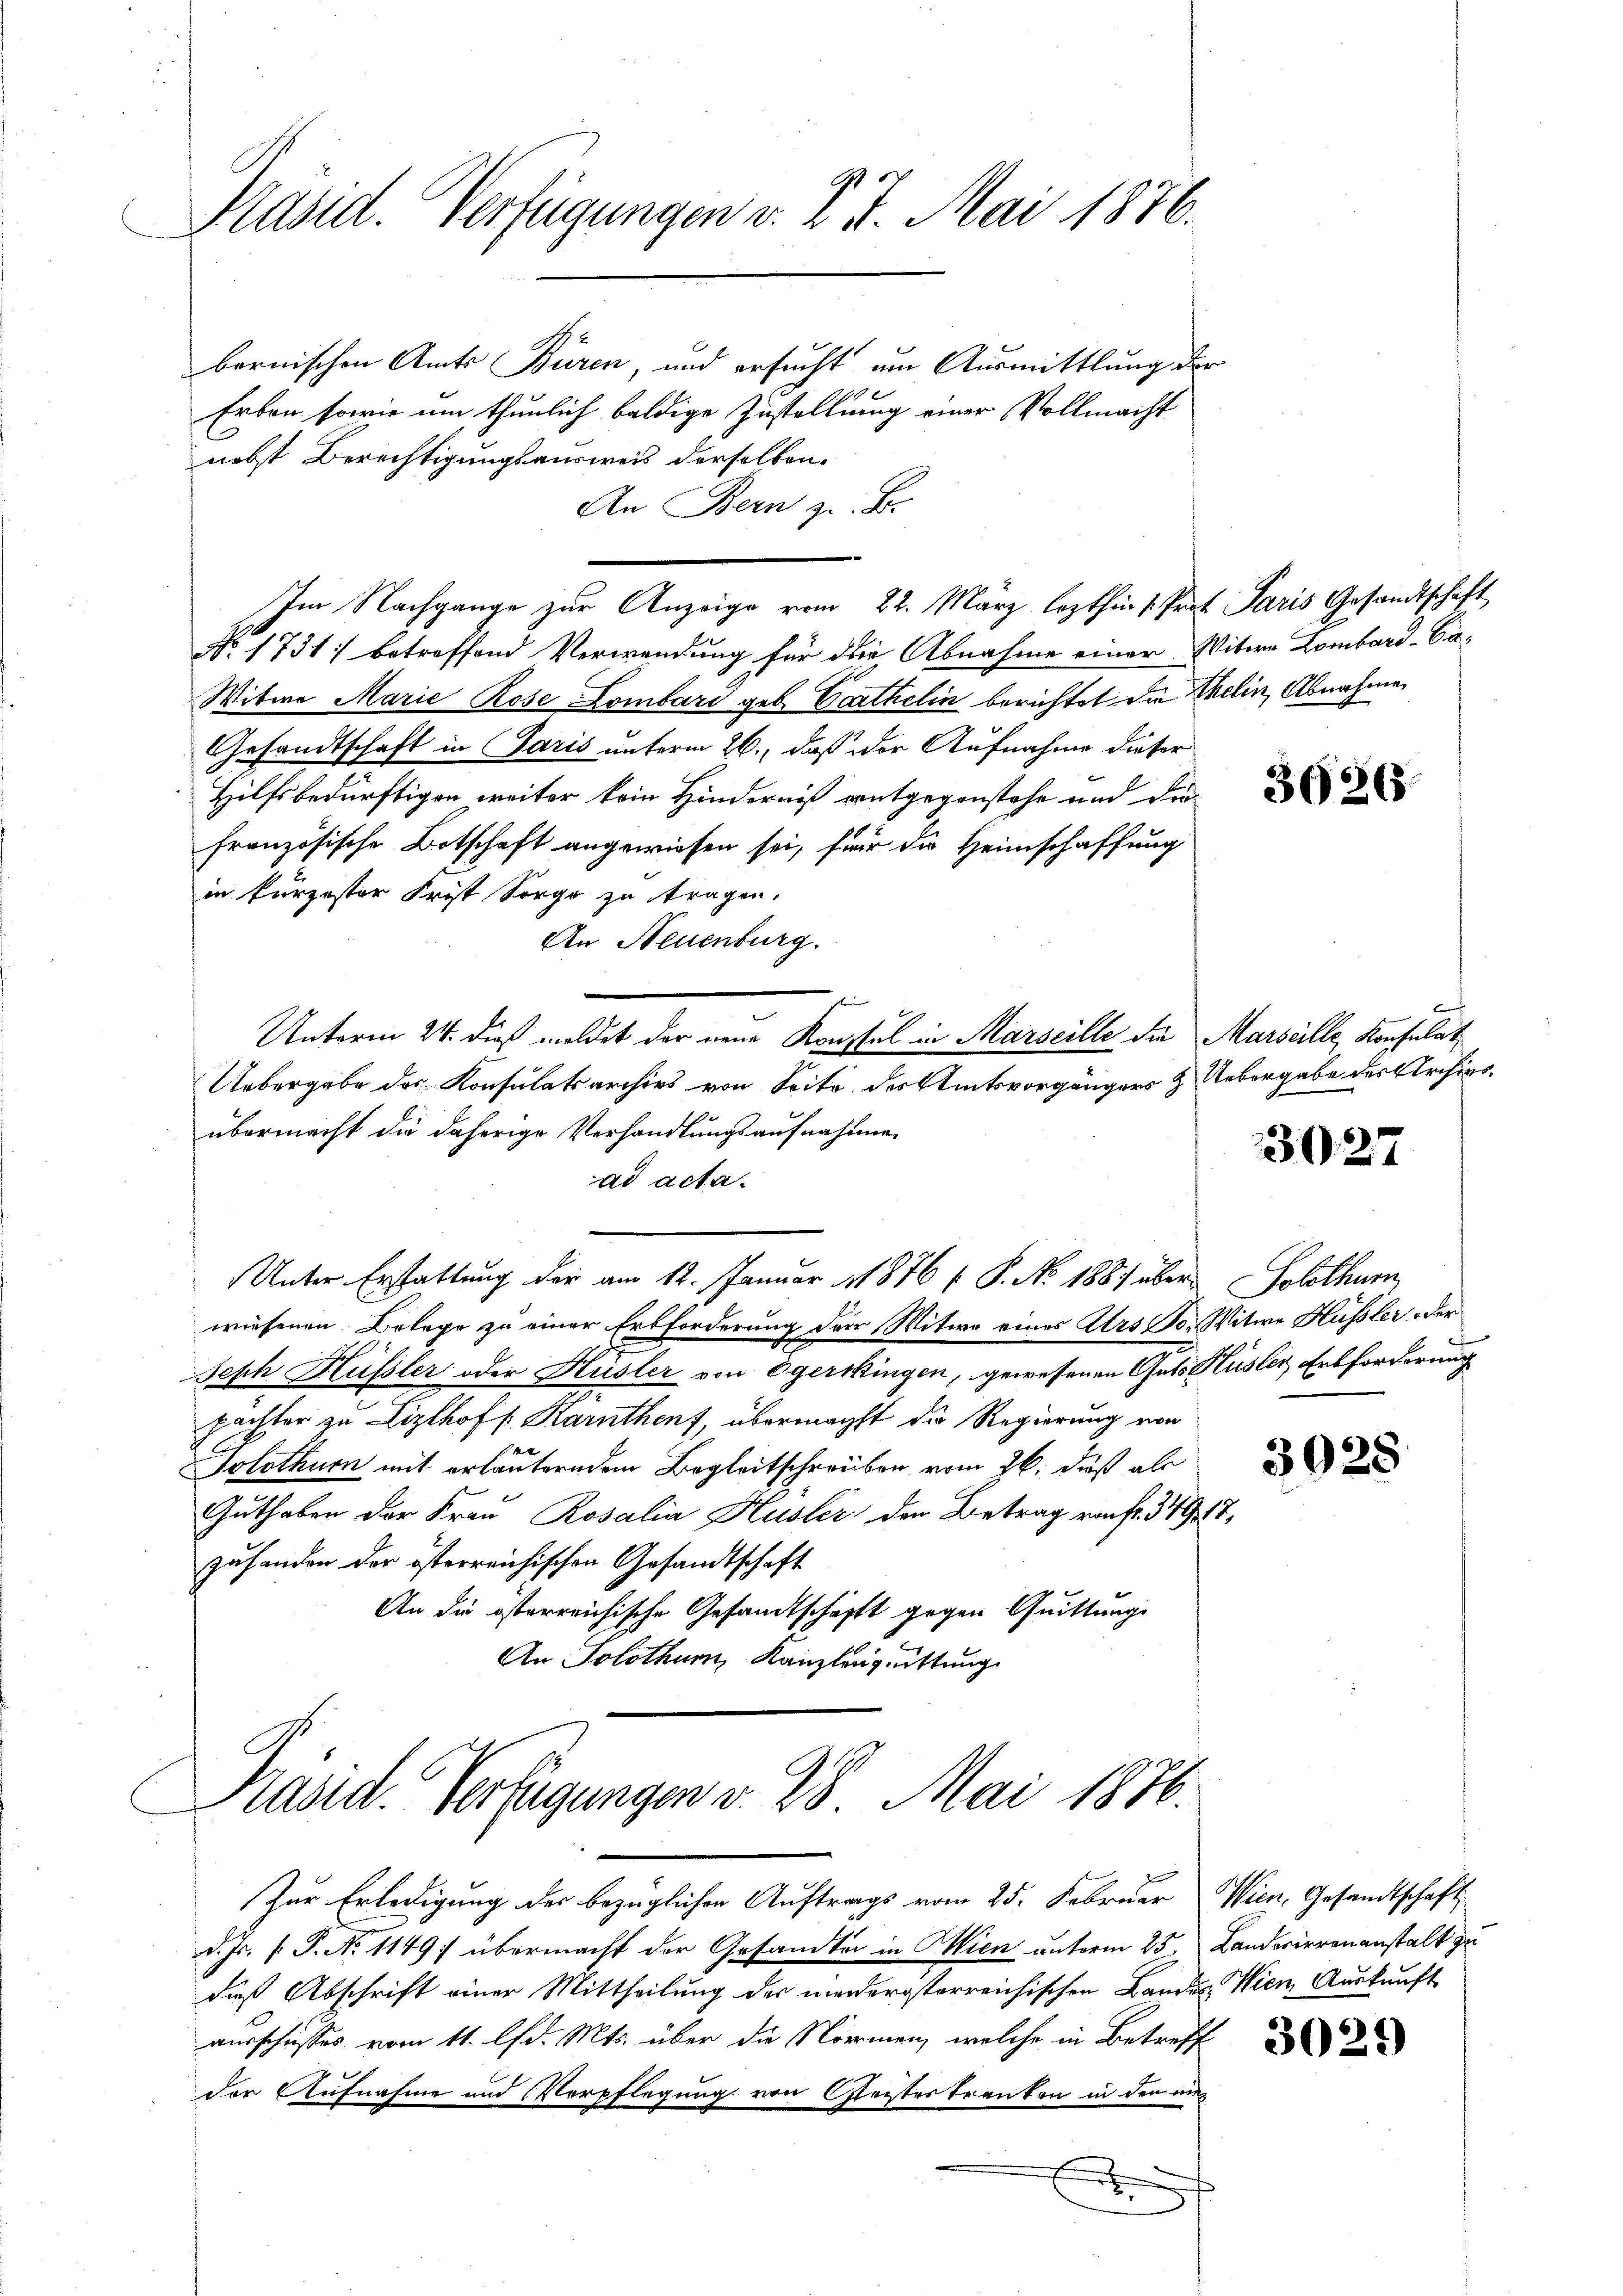
Präsid. Verfügungen v. B. 5. Mai 1876.

bornischen Amts Büren, und ersucht um Ausmittlung der
Erben sowie um thunlich baldige Zustellung einer Vollmacht
nebst Berechtigungsausweis derselben.
An Bern z. B.
No. 1731 betreffend Verwendung für die Abnahme einer Witwe Lombard-Ca¬
Witwe Marie Rose Lombard geb. Erthelin berichtet die Melin, Abnahme
Gesandtschaft in Paris unterm 26., daß der Aufnahme dieser
Hilfsbedürftigen weiter kein Hinderniß entgegenstehe und der
französische Botschaft angewiesen sei, für die Heimschaffung
in kurzester Frist Sorge zu tragen.
An Neuenburg.
Unterm 24. dieß meldet der neue Konsul in Marseille die Marseille, Konsulat
Uebergabe des Konsulatsarchivs von Seite des Amtsvorgängers & Uebergabe des Archivs
übermacht die daherige Verhandlungsaufnahmen
ad acta.
Unter Erstattung der am 12. Januar 1876 f. P. No 1881 über Solothurn
wiesenen Belage zu einer Erbforderung der Witwe eines Urs J. Witwe Hüssler oder
Seph Hüsler oder Husler von Egerkingen, gewesenen Guts Hüsler, Erbforderung
pachter zu Lizlhof /: Karntheuf, übermachst die Regierung von
Solothur mit erläuterndem Begleitschreiben vom 26. daß als
Guthaben der Frau Rosalia Huster der Betrag raf. 349 18
zuhanden der österreichischen Gesandtschaft
An die österreichische Gesandtschafft gegen Quittung
An Solothur, Kanzleigeistung

Im Nachgange zur Anzeige vom 22. März lezthin 1. Prot. Paris Gesandtschaft

Präsid. Verfügungen v. 28. Mai 1876.
Zur Erledigung der bezüglichen Auftrags vom 25. Februar Wien, Gesandtschaft

d. Js. f. P. No 1149) übermacht der Gesandten in Wien unterm 25. Landorierenanstalt zu
daß Abschrift einer Mittheilung der niederösterreichischen Landes Wien, Auskunft
ausschusses vom 11. lfd. Mts. über die Normen, welche in Betreff
der Aufnahme und Verpflegung von Gleistertranken in den un¬
E

e

36265

3027

3928

3024)